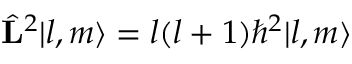
\hat { \bf L } ^ { 2 } | l , m \rangle = l ( l + 1 ) \hbar ^ { 2 } | l , m \rangle